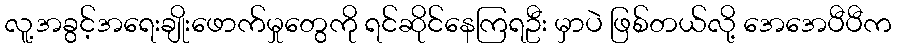
လူ့အခွင့်အရေးချိုးဖောက်မှုတွေကို ရင်ဆိုင်နေကြရဦး မှာပဲ ဖြစ်တယ်လို့ အေအေပီပီက